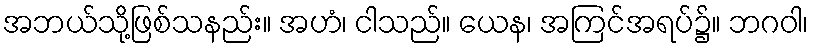
အဘယ်သို့ဖြစ်သနည်း။ အဟံ၊ ငါသည်။ ယေန၊ အကြင်အရပ်၌။ ဘဂဝါ၊